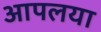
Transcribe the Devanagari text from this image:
आपलया